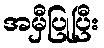
အမှီပြုပြီး